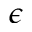
\epsilon